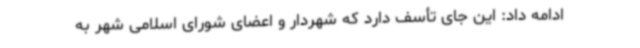
ادامه داد: این جای تأسف دارد که شهردار و اعضای شورای اسلامی شهر به